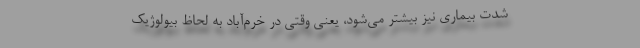
شدت بیماری نیز بیشتر می‌شود، یعنی وقتی در خرم‌آباد به لحاظ بیولوژیک